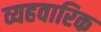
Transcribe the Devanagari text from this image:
व्यहवारिक